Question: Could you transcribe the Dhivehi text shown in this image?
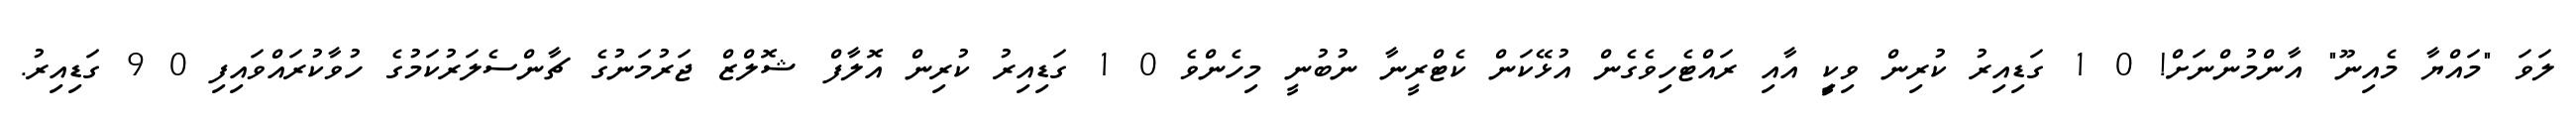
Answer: ލަވަ "މައްޔާ މެއިނޫ" އާންމުންނަށް! 0 1 ގަޑިއިރު ކުރިން ވިކީި އާއި ރައްޓެހިވެގެން އުޅޭކަން ކެޓްރީނާ ނުބުނީ މިހެންވެ 0 1 ގަޑިއިރު ކުރިން އޮލާފް ޝޮލްޒް ޖަރުމަނުގެ ޗާންސެލަރުކަމުގެ ހުވާކުރައްވައިފި 0 9 ގަޑިއިރު.